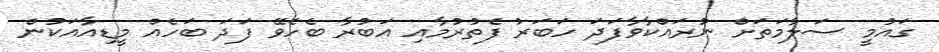
ގައުމީ ސަލާމަތަށް ނުރައްކާވާފަދަ ހަބަރު ފެތުރުމާއި އަބުރާ ބެހެވޭ ފަދަ ބަހެއް މީޑިއާއަކުން